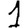
Digit: 1